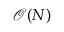
{ \mathcal { O } } ( N )